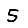
Digit: 5